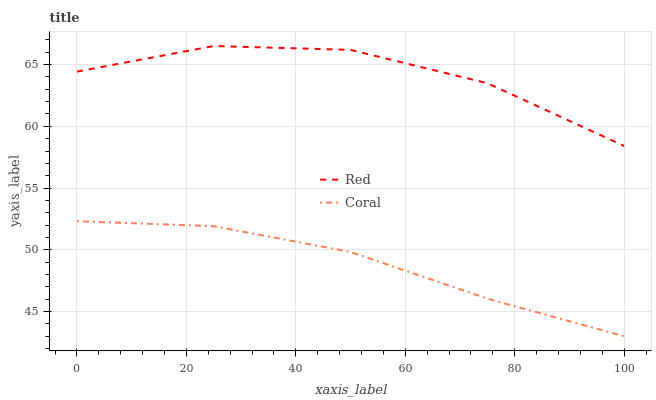
| xaxis_label | Red | Coral |
 | --- | --- | --- |
 | 0 | 64.4 | 52.3 |
 | 25 | 66.5 | 51.9 |
 | 50 | 66.2 | 49.8 |
 | 75 | 63.5 | 46 |
 | 100 | 58.4 | 43 |